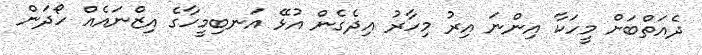
ދެއަތްބަށް މީހަކާ އިންނަ އިރު މިހާރު އިދެގެން އުޅޭ އަނބިމީހާގެ އިޒްނައެއް ހޯދަން